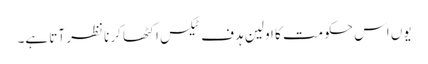
یوں اس حکومت کا اولین ہدف ٹیکس اکٹھا کرنا نظر آتا ہے۔